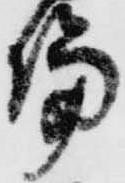
論